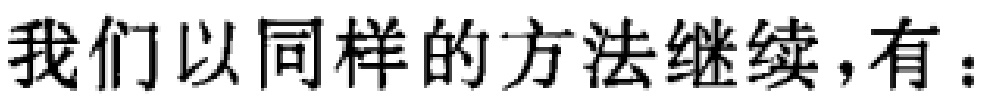
我们以同样的方法继续，有：